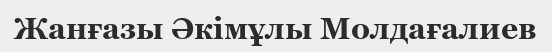
Жанғазы Әкімұлы Молдағалиев